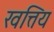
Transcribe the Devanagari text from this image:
खत्तिय